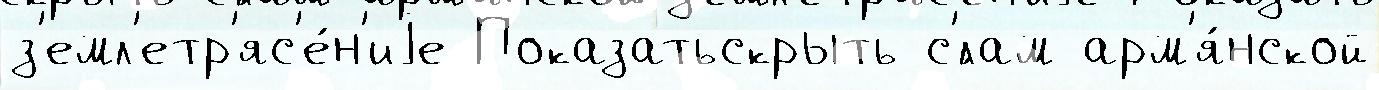
з'емл'етр'яс'е́н'иjе Показатьскрыть с'́лам арм'я́нской